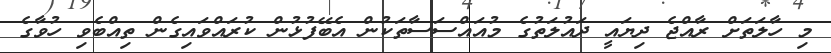
މި ހާލަތަށް ރާއްޖެ ދިޔައީ ދައުލަތުގެ މުއައްސަސާތަކުން އެބޭފުޅުން ކުރައްވައިގެން ތިއްބެވި ހުވާގެ